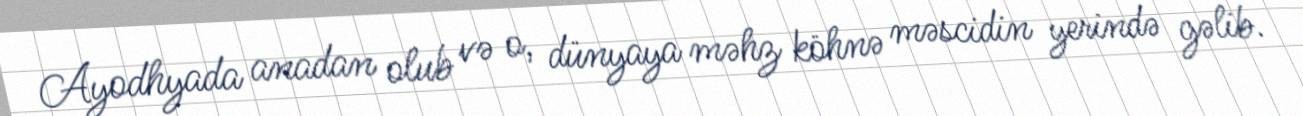
Ayodhyada anadan olub və o, dünyaya məhz köhnə məscidin yerində gəlib.